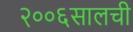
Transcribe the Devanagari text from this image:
२००६सालची